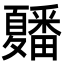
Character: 𭐲